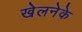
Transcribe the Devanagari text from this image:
खेलनेके